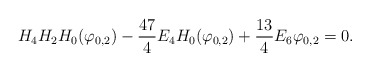
\begin{align*}H_4H_2H_0(\varphi_{0,2})-\frac{47}4 E_4H_0(\varphi_{0,2})+ \frac{13}4E_6\varphi_{0,2}=0.\end{align*}